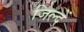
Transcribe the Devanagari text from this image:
जिल्दें